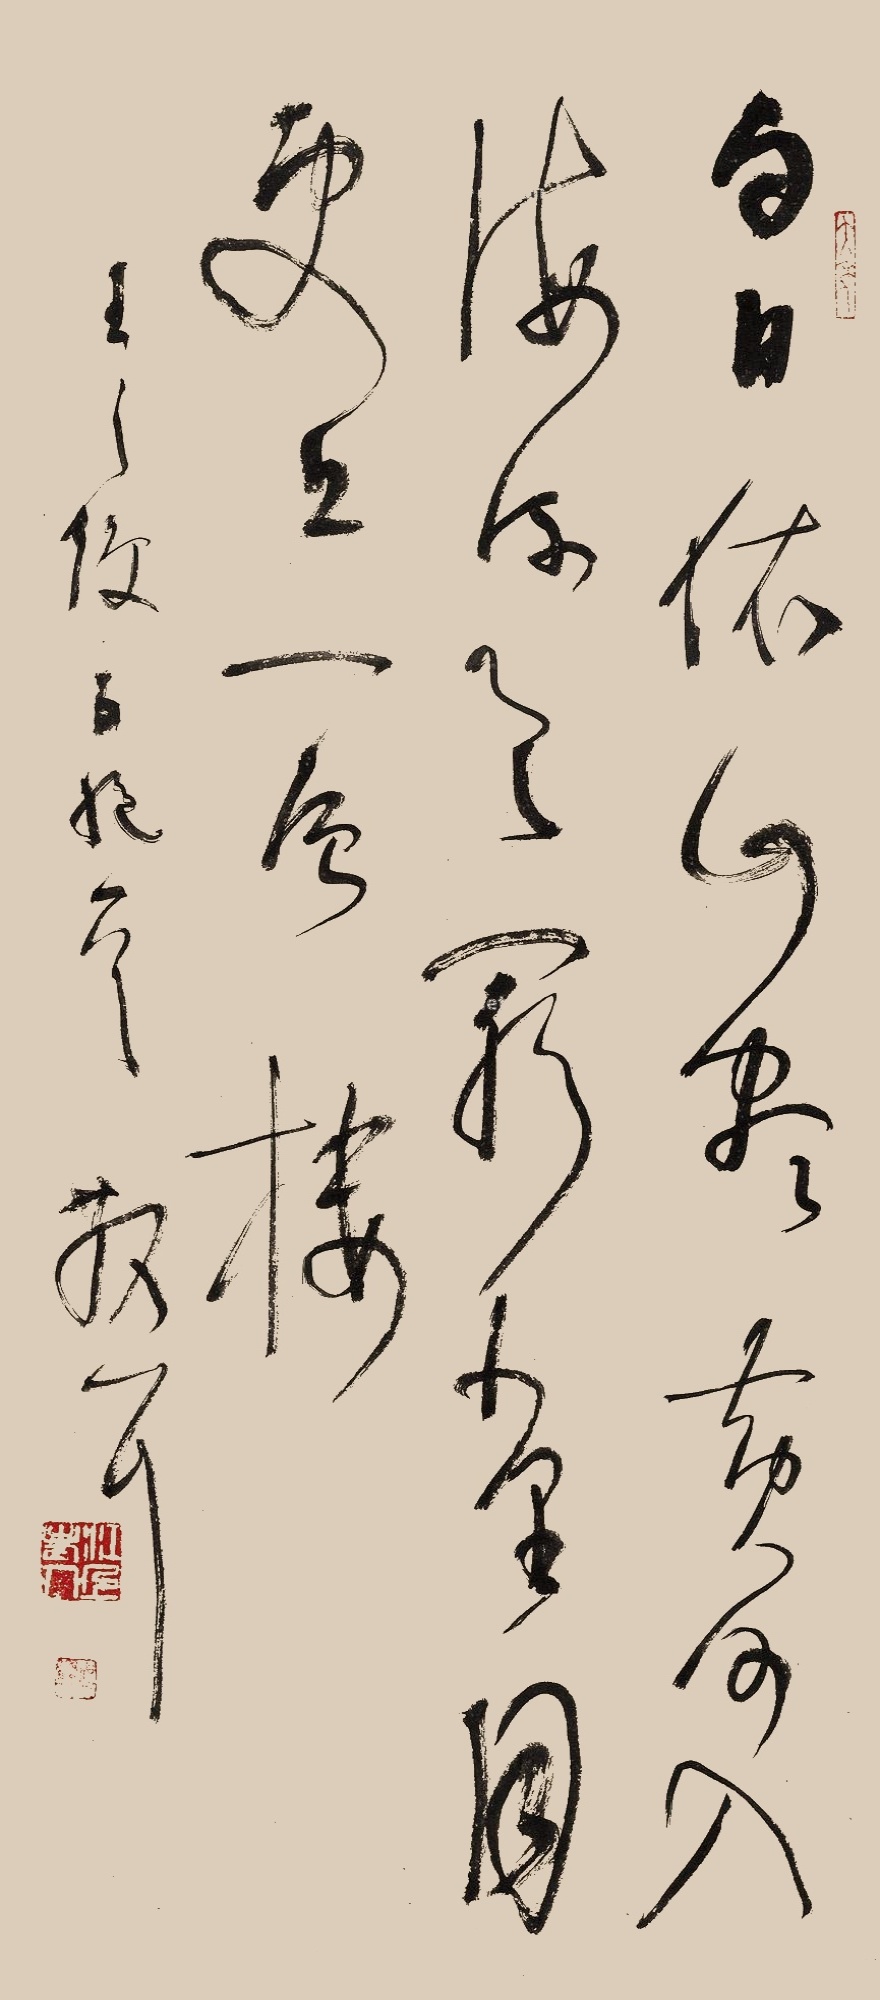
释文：白日依山尽，黄河入海流。欲穷千里目，更上一层楼。王之涣五绝一首。散耳。